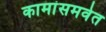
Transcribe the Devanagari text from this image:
कामांसमवेत